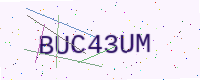
Text: BUC43UM